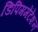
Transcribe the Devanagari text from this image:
डिपिगमेंटेशन